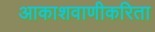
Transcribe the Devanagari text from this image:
आकाशवाणीकरिता